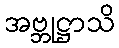
အဗ္ဘုဋ္ဌာသိ